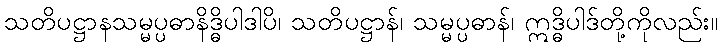
သတိပဋ္ဌာနသမ္မပ္ပဓာနိဒ္ဓိပါဒါပိ၊ သတိပဋ္ဌာန်၊ သမ္မပ္ပဓာန်၊ ဣဒ္ဓိပါဒ်တို့ကိုလည်း။